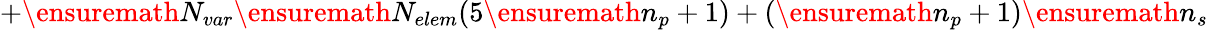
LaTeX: +\ensuremath{N_{var}}\ensuremath{N_{elem}}(5\ensuremath{n_{p}}+1)+(\ensuremath{n_{p}}+1)\ensuremath{n_{s}}